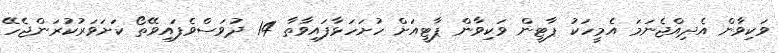
ވަކިވާން އެދިއްޖެނަމަ އެމީހަކު ޕާޓީން ވަކިވާން ޕާޓީއަށް ހުށަހަޅާފައިވާތާ 14 ދުވަސްވެފައިވޭތޯ ކަށަވަރުކުރަންޖެހޭ